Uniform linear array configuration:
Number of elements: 8
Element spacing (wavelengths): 0.5
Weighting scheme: blackman
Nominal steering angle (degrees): -15
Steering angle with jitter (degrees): -13.064
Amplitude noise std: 0.05
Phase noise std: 0.05

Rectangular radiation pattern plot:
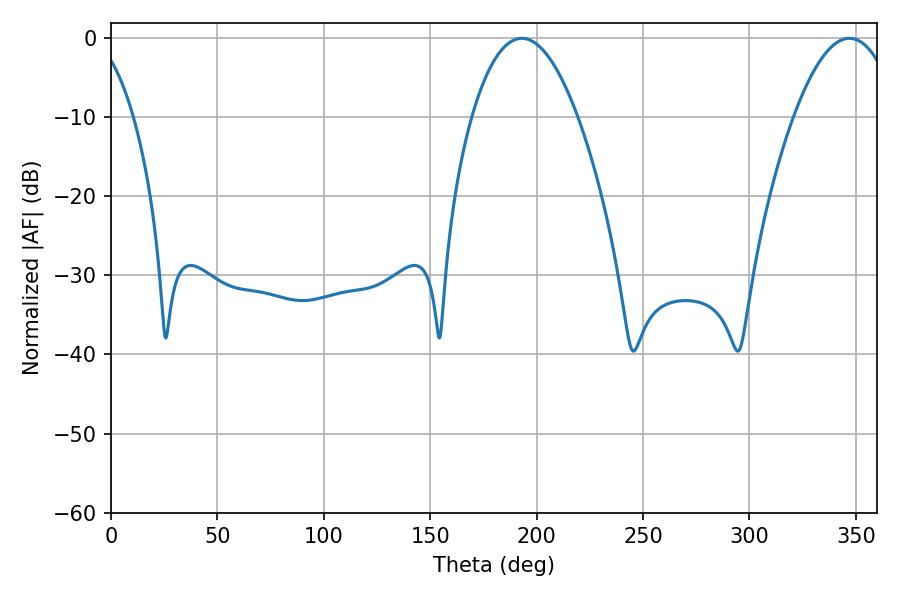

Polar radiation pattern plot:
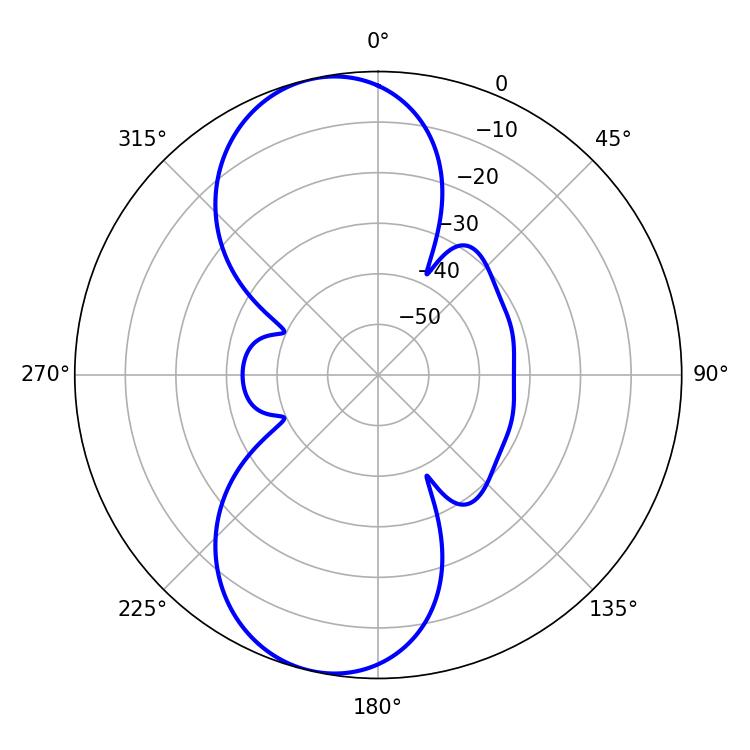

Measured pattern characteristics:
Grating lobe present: FALSE
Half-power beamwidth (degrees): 27.54
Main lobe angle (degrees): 192.96